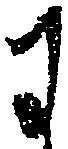
に